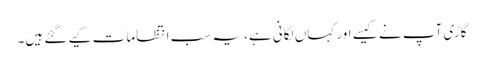
گاڑی آپ نے کیسے اور کہاں لگانی ہے، یہ سب انتظامات کیے گئے ہیں۔